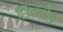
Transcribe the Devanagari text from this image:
शिबंदीस